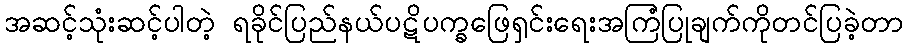
အဆင့်သုံးဆင့်ပါတဲ့ ရခိုင်ပြည်နယ်ပဋိပက္ခဖြေရှင်းရေးအကြံပြုချက်ကိုတင်ပြခဲ့တာ